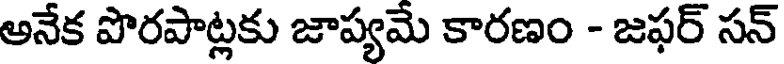
అనేక పొరపాట్లకు జాప్యమే కారణం - జఫర్ సన్